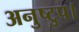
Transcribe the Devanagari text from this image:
अनुष्टुप।